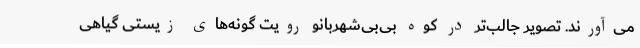
می‌آورند. تصویر جالب‌تر در کوه بی‌بی‌شهربانو رویت گونه‌های زیستی گیاهی